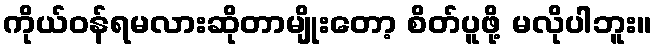
ကိုယ်ဝန်ရမလားဆိုတာမျိုးတော့ စိတ်ပူဖို့ မလိုပါဘူး။